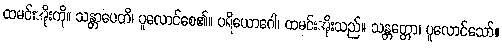
ထမင်းအိုးကို။ သန္တာပေတိ၊ ပူလောင်စေ၏။ ပရိယောဂေါ၊ ထမင်းအိုးသည်။ သန္တတ္တော၊ ပူလောင်သော်။